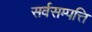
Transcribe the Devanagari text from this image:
सर्वसम्पत्ति